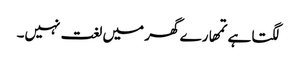
لگتا ہے تمھارے گھر میں لغت نہیں۔